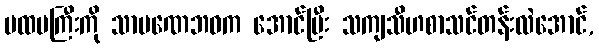
ပထမကြီးကို သာမဏေဘဝက အောင်ပြီး သကျသီဟစာသင်တန်းလဲအောင်,